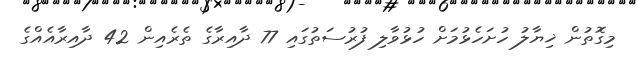
މިގޮތުން ޚިޔާލު ހުށަހެޅުމަށް ހުޅުވާލި ފުރުސަތުގައި 77 ދާއިރާގެ ތެރެއިން 42 ދާއިރާއެއްގެ